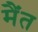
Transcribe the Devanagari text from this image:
मैंत